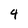
Character: 4